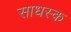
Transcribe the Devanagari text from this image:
साधस्क